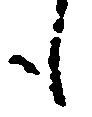
も